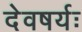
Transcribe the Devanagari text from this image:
देवषर्यः